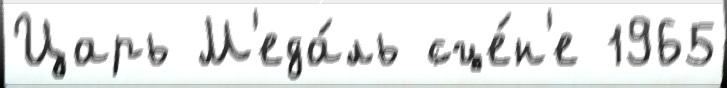
Царь М'еда́ль сце́н'е 1965